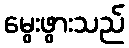
မွေးဖွားသည်